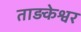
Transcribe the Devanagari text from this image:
ताड़केश्वर